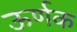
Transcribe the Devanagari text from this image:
ऊर्णक